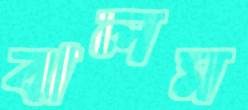
ঝলম